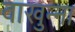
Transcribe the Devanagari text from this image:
वाखुन्ना